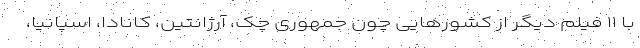
با ۱۱ فیلم دیگر از کشورهایی چون جمهوری چک، آرژانتین، کانادا، اسپانیا،